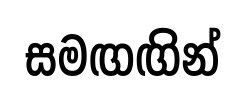
සමඟඟින්